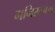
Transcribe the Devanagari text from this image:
मनिरत्नम